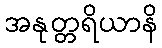
အနုတ္တရိယာနိ